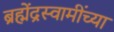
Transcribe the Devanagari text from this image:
ब्रह्मेंद्रस्वामींच्या